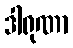
ဒါရုဏာ